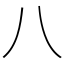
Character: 八